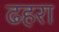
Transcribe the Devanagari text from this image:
ढहरा